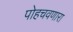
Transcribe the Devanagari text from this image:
पोहचवणारा